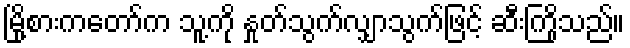
မြို့စားကတော်က သူ့ကို နှုတ်သွက်လျှာသွက်ဖြင့် ဆီးကြိုသည်။